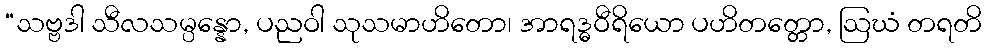
“သဗ္ဗဒါ သီလသမ္ပန္နော, ပညဝါ သုသမာဟိတော၊ အာရဒ္ဓဝီရိယော ပဟိတတ္တော, ဩဃံ တရတိ